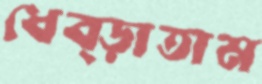
ধেব্‌ড়াতাম